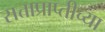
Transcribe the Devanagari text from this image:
सत्ताप्राप्तीच्या